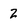
Character: 2